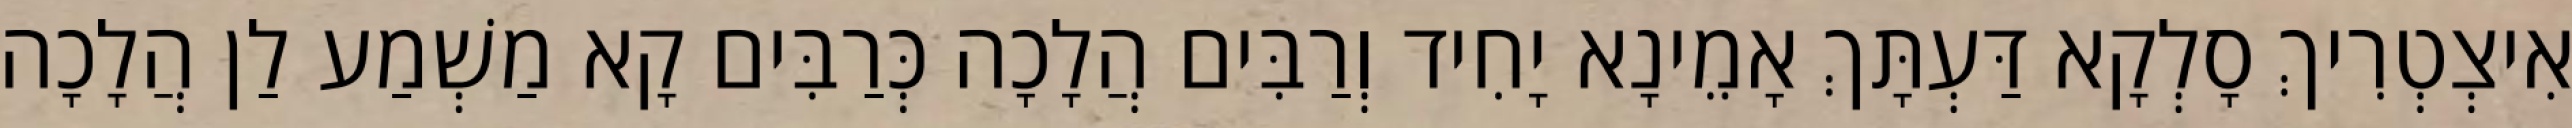
אִיצְטְרִיךְ סָלְקָא דַּעְתָּךְ אָמֵינָא יָחִיד וְרַבִּים הֲלָכָה כְּרַבִּים קָא מַשְׁמַע לַן הֲלָכָה